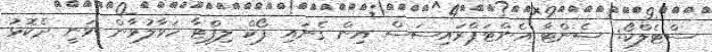
ސްޓެލްކޯ: ސެންޓާ އެންޓަޕްރައިސަސް އިން ގެނައި ފޯކް ލިފްޓާ ހަވާލުވާން ވަނީ ދެކޮޅު